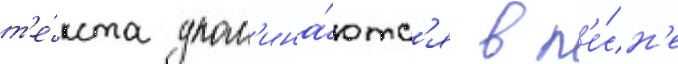
т'е́кста упом'ина́ютс'я в п'е́сн'е